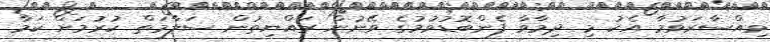
ވިއްސާރަވުމާ އެކު މި ދިމާވާ ފެންބޮޑުވުމުގެ ވޭނުން ރައްޔިތުން ސަލާމަތް ކުރުމަށް ކަމާ